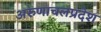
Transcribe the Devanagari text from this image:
अरुणाचलप्रदेश